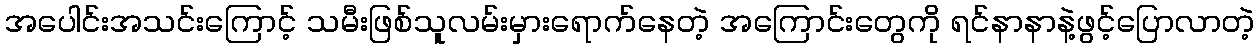
အပေါင်းအသင်းကြောင့် သမီးဖြစ်သူလမ်းမှားရောက်နေတဲ့ အကြောင်းတွေကို ရင်နာနာနဲ့ဖွင့်ပြောလာတဲ့